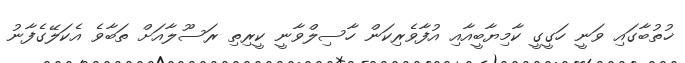
ޚުތުބާގައި ވަނީ ހަގީގީ ކާމިޔާބީއާއި އުފާވެރިކަން ހާސިލްވާނީ ކީރިތި ރަސޫލާއަށް ތަބާވެ އެކަލޭގެފާނު